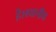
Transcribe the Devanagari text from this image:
है।स्थानीय